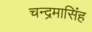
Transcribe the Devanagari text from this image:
चन्द्रमासिंह